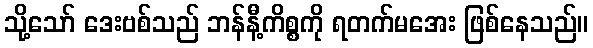
သို့သော် ဒေးဗစ်သည် ဘန်နီ့ကိစ္စကို ရတက်မအေး ဖြစ်နေသည်။